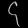
Digit: ၄